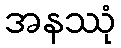
အနဿုံ